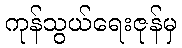
ကုန်သွယ်ရေးဇုန်မှ